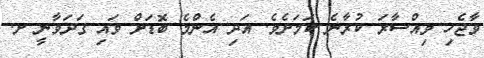
ވާޖެހި ވިއްސާރަ ކުރާނެ ކަމަށެވެ. އަދި އެންމެ ބޮޑަށް ވައި ގަދަވާނީ ށ.